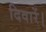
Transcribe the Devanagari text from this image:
दिवारें।